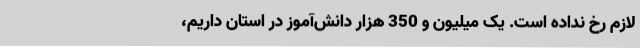
لازم رخ نداده است. یک میلیون و 350 هزار دانش‌آموز در استان داریم،